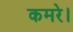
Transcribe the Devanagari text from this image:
कमरे।